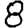
Digit: 8